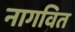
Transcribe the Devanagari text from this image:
नागवित